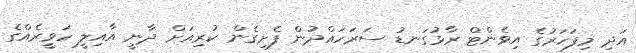
އަދި މިފަހަރުގެ އިވެންޓް ރާޅުގަނޑު ސަރަހައްދުން ފެށިގެން ކުރިއަށް ދާނީ އާއިލީ ހަވީރެއްގެ